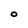
Character: O